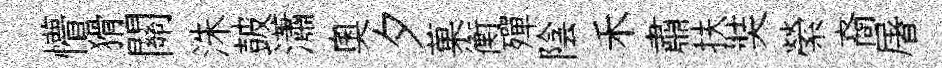
懵猾關洙皷瀟奥夕菓衡殫陰禾肅扶奘縈裔屠